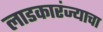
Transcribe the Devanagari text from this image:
लाडकारंज्याचा